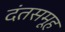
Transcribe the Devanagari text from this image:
दंतसमूह